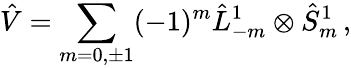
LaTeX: \hat{V}=\sum_{m=0,\pm 1}(-1)^{m}\hat{L}_{-m}^{1}\otimes\hat{S}_{m}^{1}\, ,